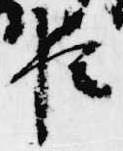
臣